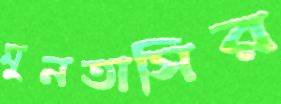
মুনতাসির